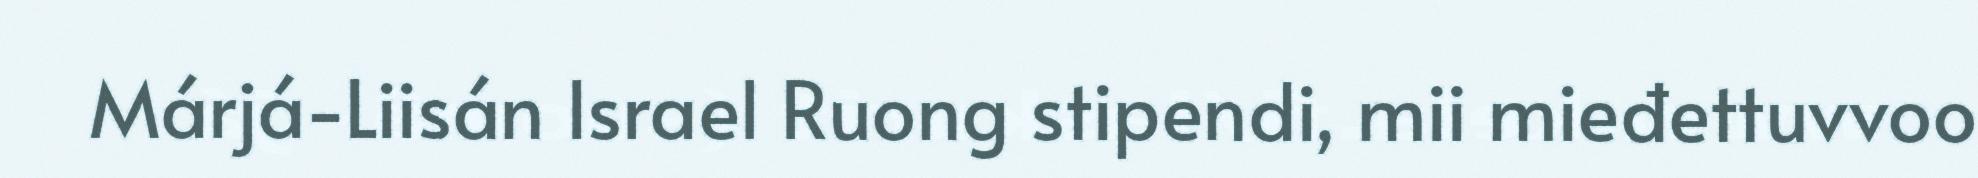
Márjá-Liisán Israel Ruong stipendi, mii mieđettuvvoo